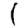
Digit: 1